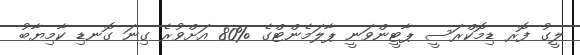
ލީގު ފޮރ ޑިމޮކްރަސީ ޕާޓީންވަނީ ޕާލަމެންޓްގެ %80 އަށްވުރެ ގިނަ ގޮނޑި ކާމިޔާބު